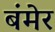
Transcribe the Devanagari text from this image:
बंमेर